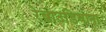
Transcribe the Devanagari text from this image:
रेबाउडियाना